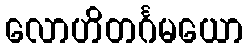
လောဟိတင်္ဂမယော